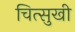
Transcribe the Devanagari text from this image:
चित्सुखी